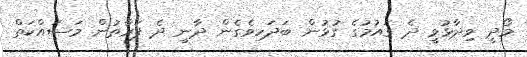
މޯދީ ވިދާޅުވީ ދެ ގައުމުގެ ގުޅުން ބަދަހިވެގެން ދާނީ ދެ ފަރާތުން މަސައްކަތް